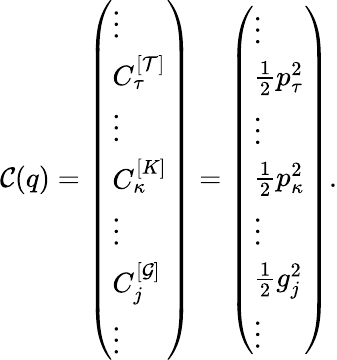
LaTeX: \mathcal{C}(q)=\left(\begin{array}{l}{\vdots}\\ {C_{\tau}^{[\mathcal{T}]}}\\ {\vdots}\\ {C_{\kappa}^{[K]}}\\ {\vdots}\\ {C_{j}^{[\mathcal{G}]}}\\ {\vdots}\end{array}\right)=\left(\begin{array}{l}{\vdots}\\ {\frac{1}{2}p_{\tau}^{2}}\\ {\vdots}\\ {\frac{1}{2}p_{\kappa}^{2}}\\ {\vdots}\\ {\frac{1}{2}g_{j}^{2}}\\ {\vdots}\end{array}\right).